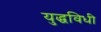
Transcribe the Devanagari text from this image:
युद्धविधी